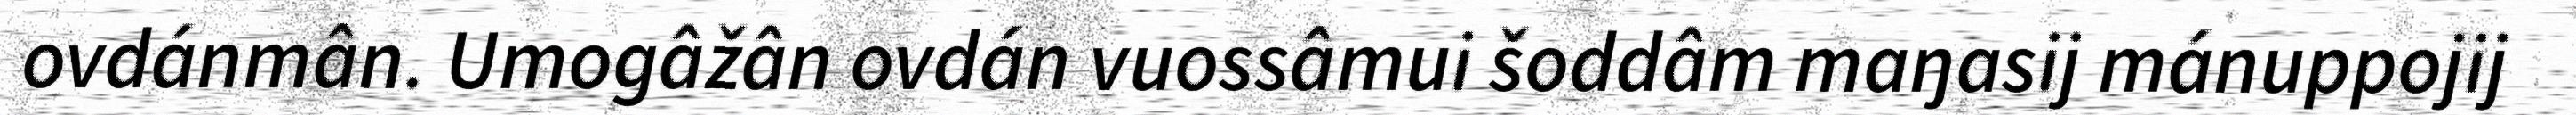
ovdánmân. Umogâžân ovdán vuossâmui šoddâm maŋasij mánuppojij